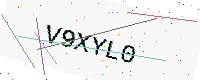
Text: V9XYL0